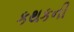
કથકની